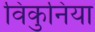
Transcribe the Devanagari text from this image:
विकुनिया